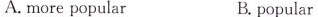
A. more popular B. popular